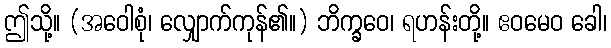
ဤသို့။ (အဝေါစုံ၊ လျှောက်ကုန်၏။) ဘိက္ခဝေ၊ ရဟန်းတို့။ ဧဝမေဝ ခေါ၊